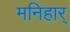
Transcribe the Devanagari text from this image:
मनिहार्